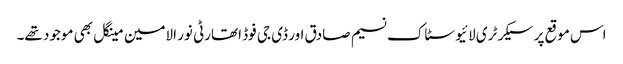
اس موقع پر سیکرٹری لائیو سٹاک نسیم صادق اور ڈی جی فوڈ اتھارٹی نور الامین مینگل بھی موجود تھے۔